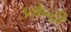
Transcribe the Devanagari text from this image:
उत्केन्द्री